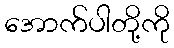
အောက်ပါတို့ကို